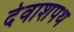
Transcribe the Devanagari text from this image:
देवाशपथ